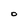
Character: O